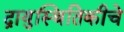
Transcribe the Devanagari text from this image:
द्रायुस्थितिकीचे